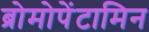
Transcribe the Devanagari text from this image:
ब्रोमोपेंटामिन